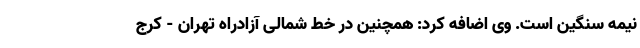
نیمه سنگین است. وی اضافه کرد: همچنین در خط شمالی آزادراه تهران - کرج